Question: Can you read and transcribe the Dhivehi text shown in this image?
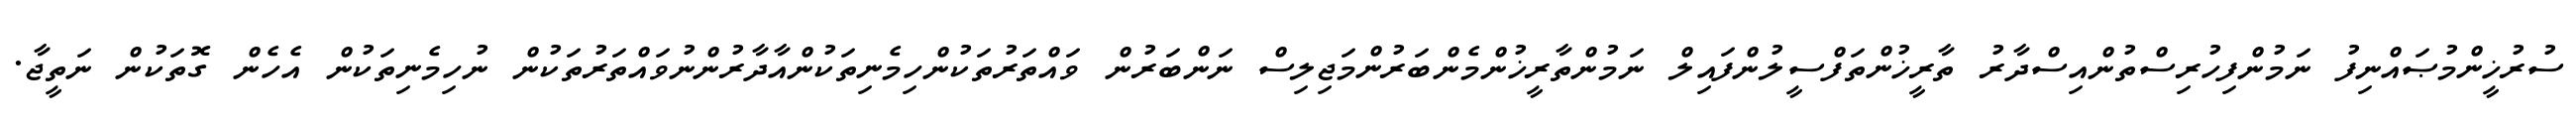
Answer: ސުރުޚީންމުޞައްނިފު ނަމުންފިހުރިސްތުންއިސްދާރު ތާރީޚުންތަފްސީލުންފައިލް ނަމުންތާރީޚުންމެންބަރުންމަޖިލިސް ނަންބަރުން ވައްތަރުތަކުންހިމެނިތަކުންއާދާރުންނުވައްތަރުތަކުން ނުހިމެނިތަކުން އެހެން ގޮތަކުން ނަތީޖާ.